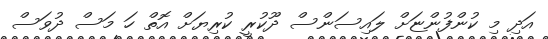
އަދި މި ކުންފުންޏަށް ލައިސަންސް ދޫކުރީ ކުރިޔަށް އޮތް ހަ މަސް ދުވަސް